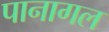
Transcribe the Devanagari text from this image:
पानागल